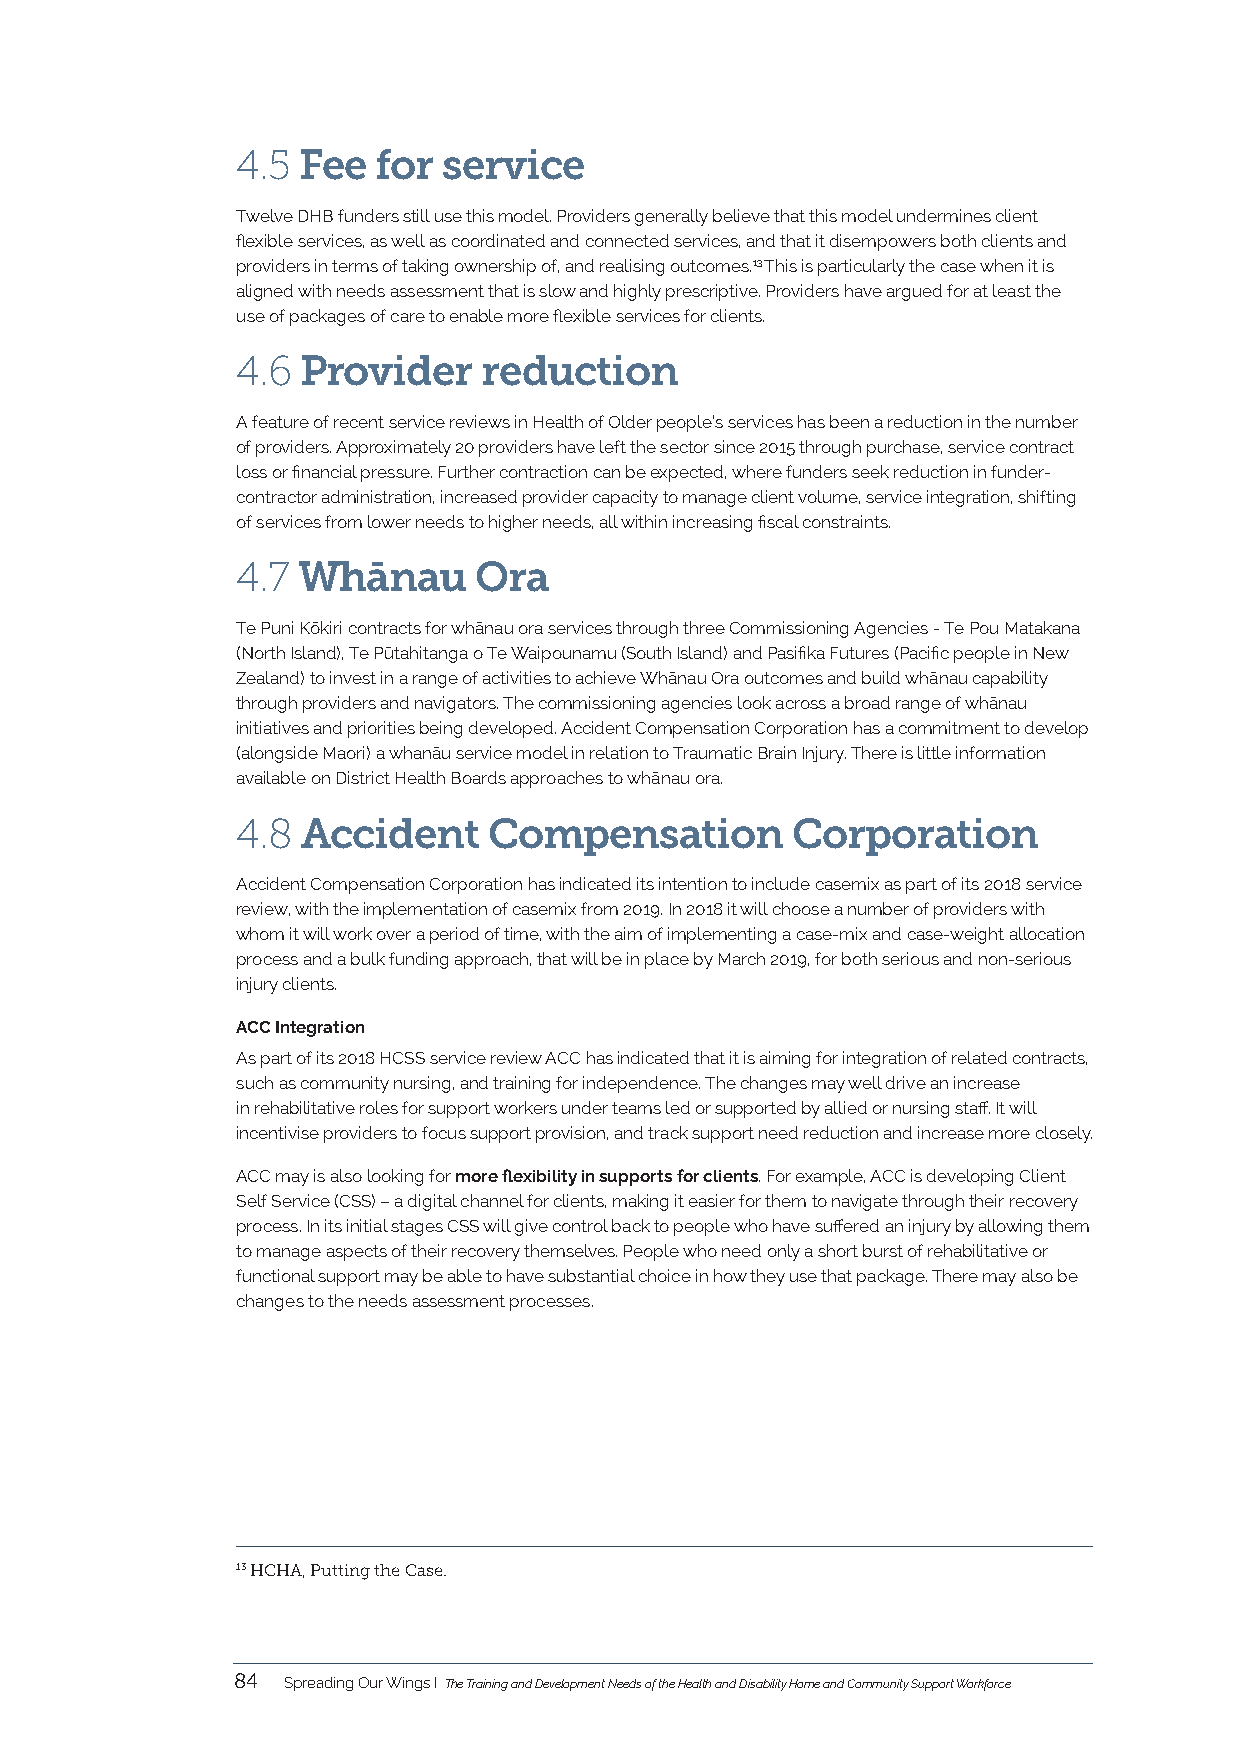
4.5 Fee  for service
 Twelve DHB funders still use this model. Providers generally believe that this model undermines client
 flexible services, as well as coordinated and connected services, and that it disempowers both clients and
 providers in terms of taking ownership of, and realising outcomes.13 This is particularly the case when it is
 aligned with needs assessment that is slow and highly prescriptive. Providers have argued for at least the
 use of packages of care to enable more flexible services for clients.
 4.6 Provider    reduction
 A feature of recent service reviews in Health of Older people’s services has been a reduction in the number
 of providers. Approximately 20 providers have left the sector since 2015 through purchase, service contract
 loss or financial pressure. Further contraction can be expected, where funders seek reduction in funder-
 contractor administration, increased provider capacity to manage client volume, service integration, shifting
 of services from lower needs to higher needs, all within increasing fiscal constraints.
 4.7 Whānau     Ora
 Te Puni Kōkiri contracts for whānau ora services through three Commissioning Agencies - Te Pou Matakana
 (North Island), Te Pūtahitanga o Te Waipounamu (South Island) and Pasifika Futures (Pacific people in New
 Zealand) to invest in a range of activities to achieve Whānau Ora outcomes and build whānau capability
 through providers and navigators. The commissioning agencies look across a broad range of whānau
 initiatives and priorities being developed. Accident Compensation Corporation has a commitment to develop
 (alongside Maori) a whanāu service model in relation to Traumatic Brain Injury. There is little information
 available on District Health Boards approaches to whānau ora.
 4.8 Accident    Compensation        Corporation
 Accident Compensation Corporation has indicated its intention to include casemix as part of its 2018 service
 review, with the implementation of casemix from 2019. In 2018 it will choose a number of providers with
 whom it will work over a period of time, with the aim of implementing a case-mix and case-weight allocation
 process and a bulk funding approach, that will be in place by March 2019, for both serious and non-serious
 injury clients.
 ACC Integration
 As part of its 2018 HCSS service review ACC has indicated that it is aiming for integration of related contracts,
 such as community nursing, and training for independence. The changes may well drive an increase
 in rehabilitative roles for support workers under teams led or supported by allied or nursing staff. It will
 incentivise providers to focus support provision, and track support need reduction and increase more closely.
 ACC may is also looking for more flexibility in supports for clients. For example, ACC is developing Client
 Self Service (CSS) – a digital channel for clients, making it easier for them to navigate through their recovery
 process. In its initial stages CSS will give control back to people who have suffered an injury by allowing them
 to manage aspects of their recovery themselves. People who need only a short burst of rehabilitative or
 functional support may be able to have substantial choice in how they use that package. There may also be
 changes to the needs assessment processes.
 13 HCHA, Putting the Case.
 84  Spreading Our Wings I The Training and Development Needs of the Health and Disability Home and Community Support Workforce